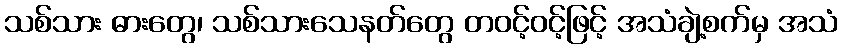
သစ်သား ဓားတွေ၊ သစ်သားသေနတ်တွေ တဝင့်ဝင့်ဖြင့် အသံချဲ့စက်မှ အသံ